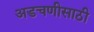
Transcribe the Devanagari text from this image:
अडचणीसाठी